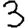
Digit: 3